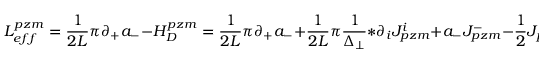
{ \cal L } _ { e f f } ^ { p z m } = \frac { 1 } { 2 L } \pi \partial _ { + } a _ { - } - { \cal H } _ { D } ^ { p z m } = \frac { 1 } { 2 L } \pi \partial _ { + } a _ { - } + \frac { 1 } { 2 L } \pi \frac { 1 } { \Delta _ { \perp } } \ast \partial _ { i } J _ { p z m } ^ { i } + a _ { - } J _ { p z m } ^ { - } - \frac 1 2 J _ { p z m } ^ { i } \frac { 1 } { \Delta _ { \perp } } \ast J _ { p z m } ^ { i } \; ,